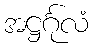
အဋ္ဌင်္ဂုလံ